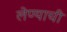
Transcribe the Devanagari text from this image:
लेण्याची